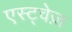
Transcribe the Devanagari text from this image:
एस्ट्वेज़